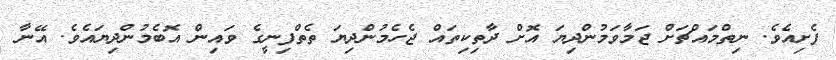
ފެށިއެވެ. ނިތްމައްޗަށް ޖަމާވަމުންދިޔަ އޮށް ދާތިކިތައް ޖެހެމުންދިޔަ ތެތްފިނީގެ ވައިން އޮބެމުންދިޔައެވެ. އޭނާ